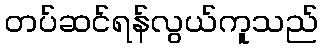
တပ်ဆင်ရန်လွယ်ကူသည်